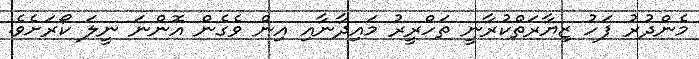
މެންދުރު ފަހު ޒިޔާރަތްކުރާނީ ތަހްރީރު މައިދާނާއި އިން ވެގެން އޮންނަ ނީލަ ކޯރަށެވެ.